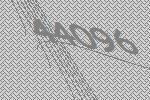
44096